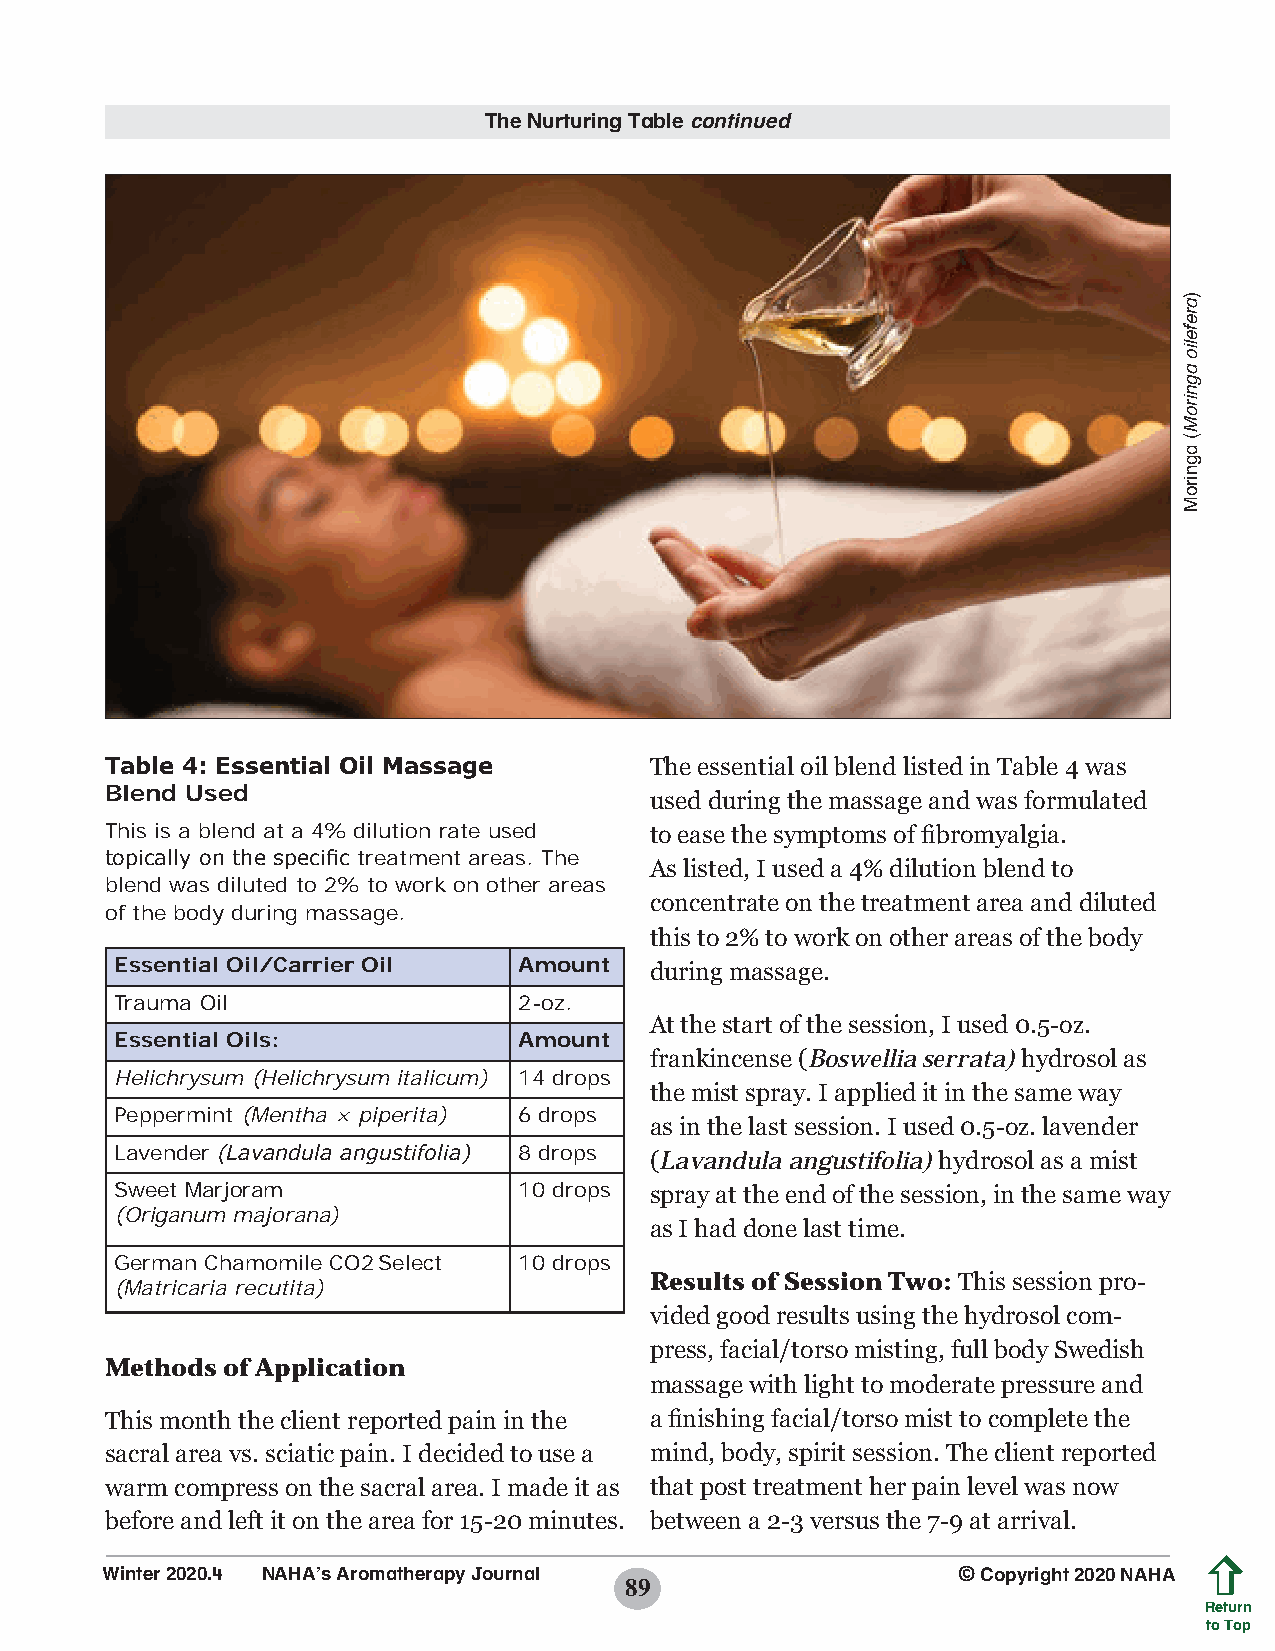
The Nurturing Table continued
 Table 4: Essential Oil Massage      The essential oil blend listed in Table 4 was
 Blend Used
 used during the massage and was formulated
 This is a blend at a 4% dilution rate used to ease the symptoms of fibromyalgia.
 topically on the specific treatment areas. The
 As listed, I used a 4% dilution blend to
 blend was diluted to 2% to work on other areas
 concentrate on the treatment area and diluted
 of the body during massage.
 this to 2% to work on other areas of the body
 Essential Oil/Carrier Oil Amount   during massage.
 Trauma Oil                2-oz.
 At the start of the session, I used 0.5-oz.
 Essential Oils:           Amount
 frankincense (Boswellia serrata) hydrosol as
 Helichrysum (Helichrysum italicum) 14 drops
 the mist spray. I applied it in the same way
 Peppermint (Mentha × piperita) 6 drops
 as in the last session. I used 0.5-oz. lavender
 Lavender (Lavandula angustifolia) 8 drops (Lavandula angustifolia) hydrosol as a mist
 Sweet Marjoram            10 drops spray at the end of the session, in the same way
 (Origanum majorana)
 as I had done last time.
 German Chamomile CO2Select 10 drops
 Results of Session Two: This session pro-
 (Matricaria recutita)
 vided good results using the hydrosol com-
 press, facial/torso misting, full body Swedish
 Methods of Application
 massage with light to moderate pressure and
 This month the client reported pain in the a finishing facial/torso mist to complete the
 sacral area vs. sciatic pain. I decided to use a mind, body, spirit session. The client reported
 warm compress on the sacral area. I made it as that post treatment her pain level was now
 before and left it on the area for 15-20 minutes. between a 2-3 versus the 7-9 at arrival.
 Winter 2020.4 NAHA’s Aromatherapy Journal               © Copyright 2020 NAHA
 89
 Return
 to Top
 )arefelio
 agniroM(
 agniroM
 